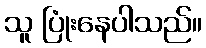
သူ ပြုံးနေပါသည်။